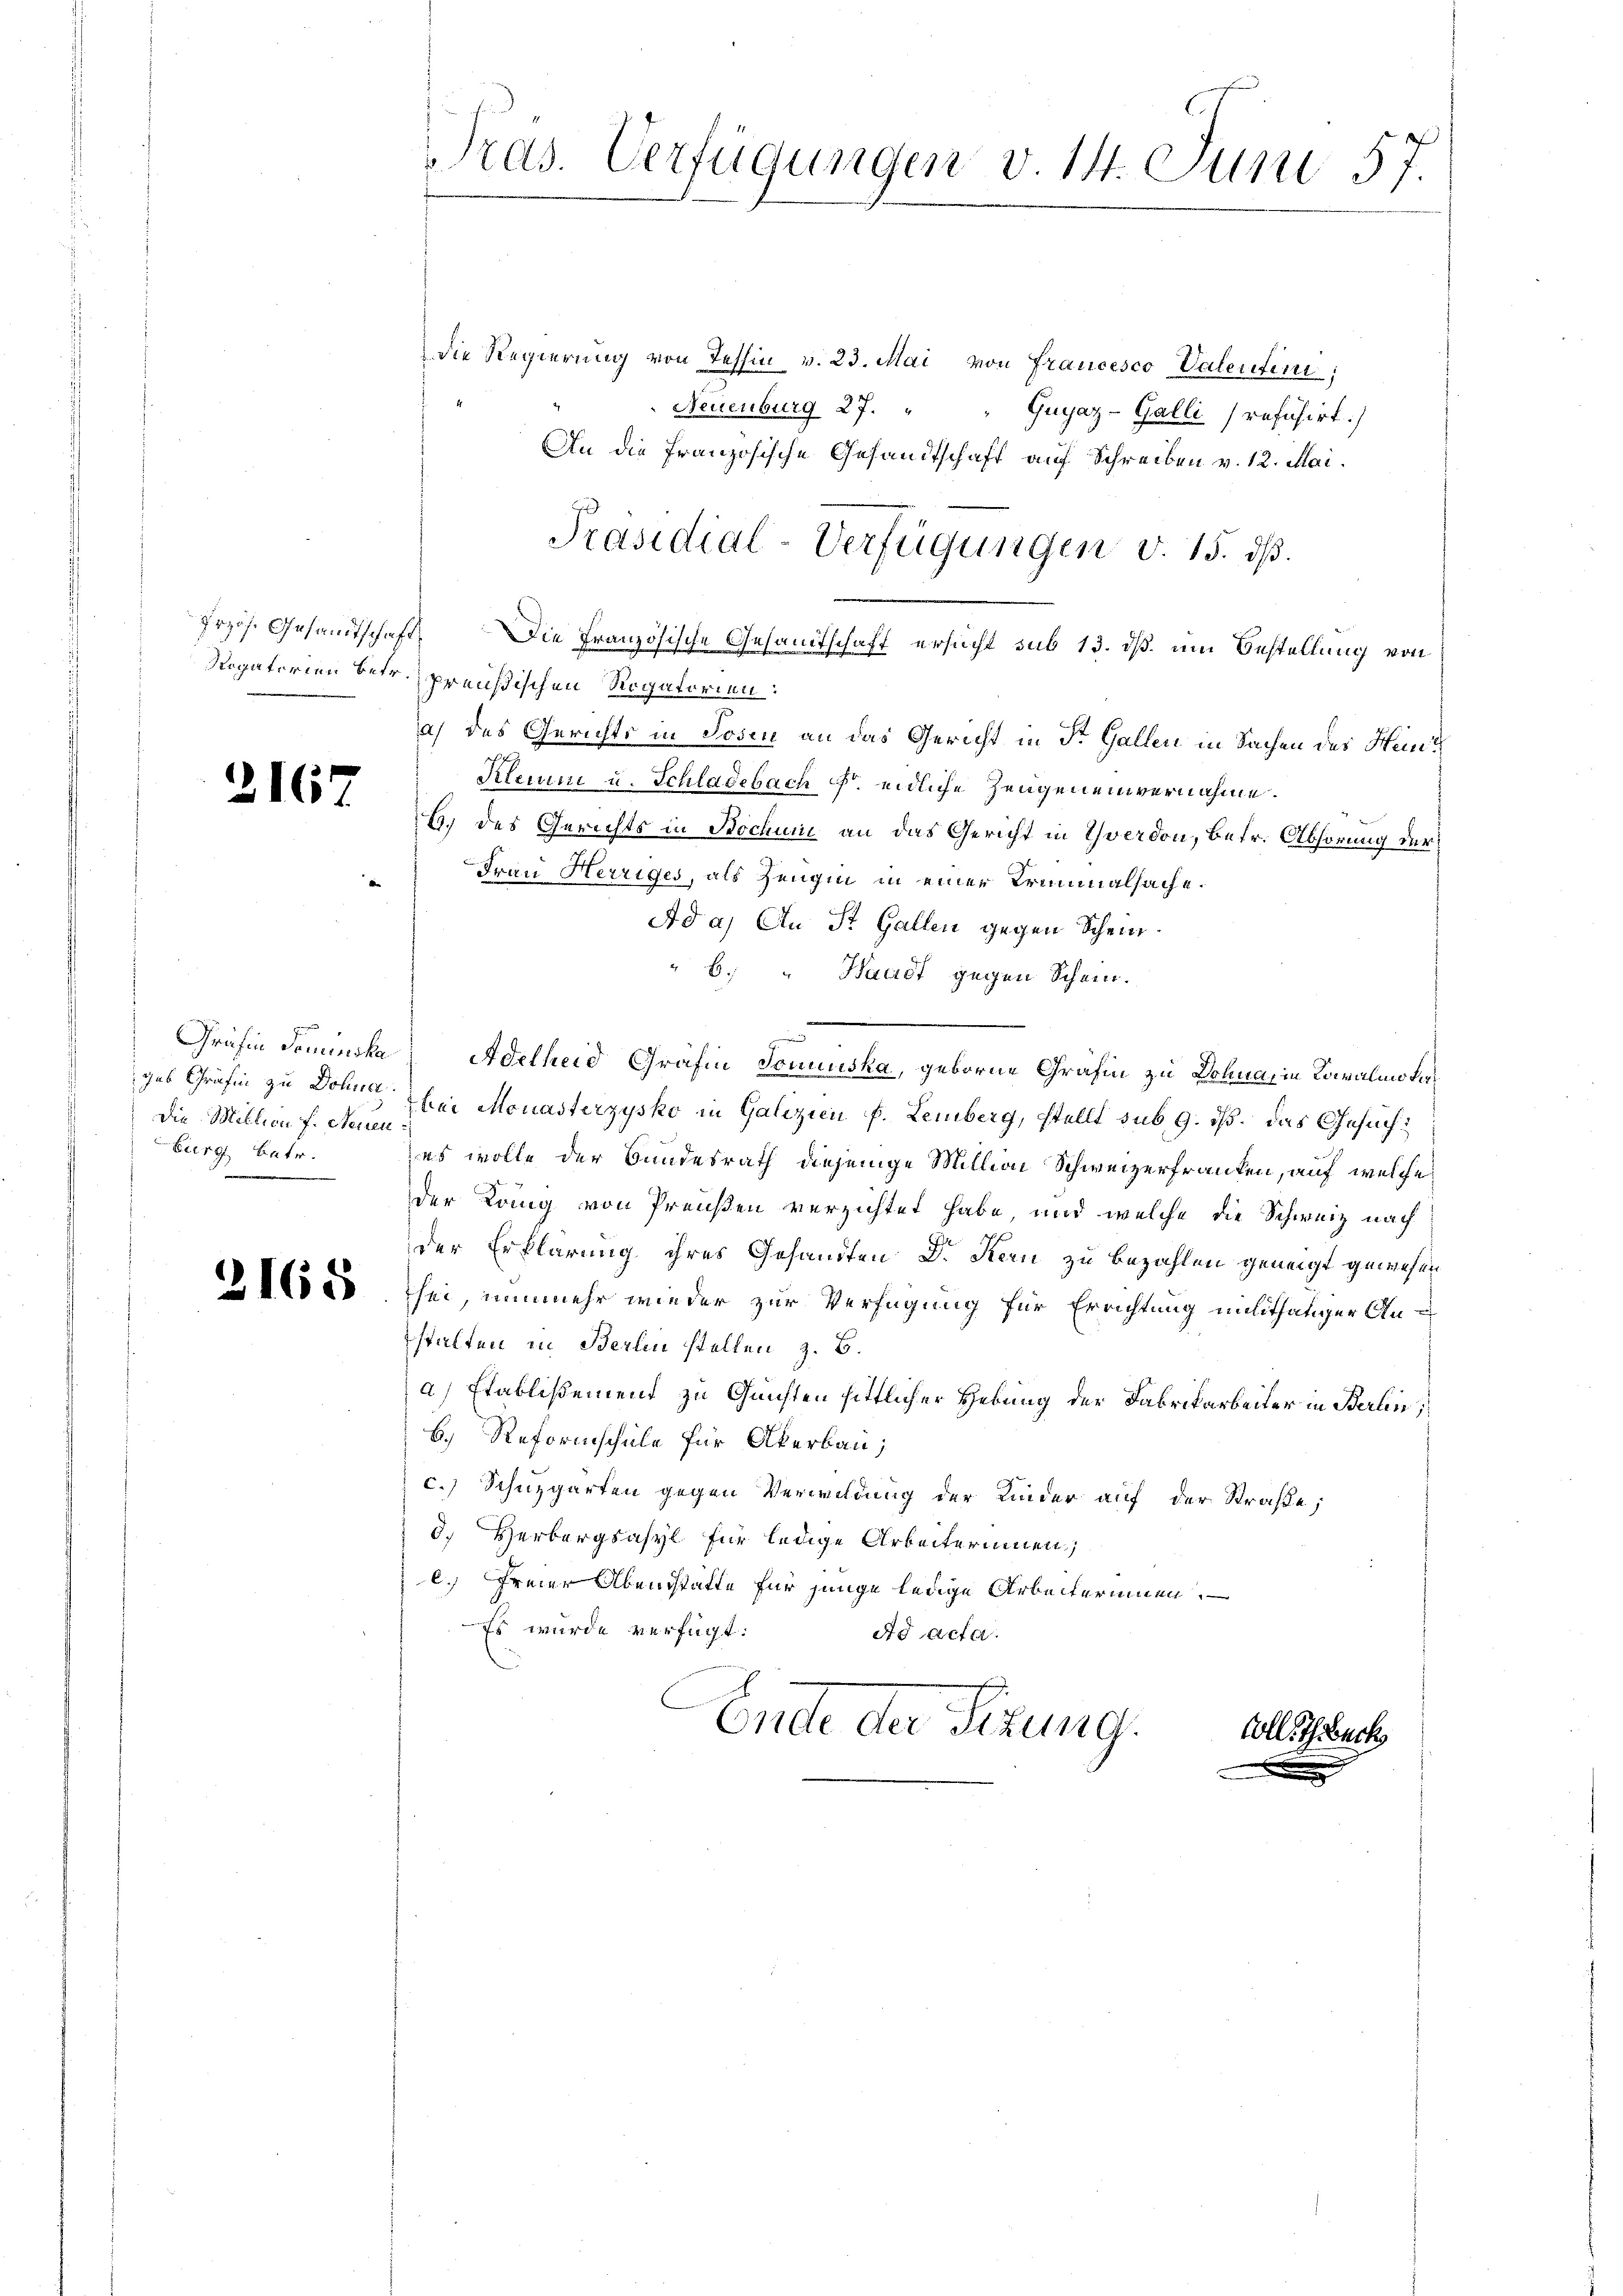
2167

Die Million f. Neuen
burg betr.
.

Pras. Verfügungen v. 14. Juni 57.

Die Regierung von Tessin v. 23. Mai von Francesco Valenfini
Neuenburg 27. " " Guyaz-Galli refusirt.)
An die französische Gesandtschaft auf Schreiben v. 12. Mai.
Przös. Gesandtschaft. Die Französische Gesamtschaft ersucht sub 13. dß. um Bestellung von
Rogatorien betr. preußischen Rogatorien:
a) des Gerichts in Josen an das Gericht in Dr. Gallen in Sachen des Heinr
Klein u. Schlagebach Fr. eidliche Zeugen einvernahme.
b. des Gerichts in Bochuni an das Gericht in Yverdon, betr. Abhörung der
Frau Herziges, als Zeugen in einer Trinialsache.
Ad a) An St. Gallen gegen Scheinb. " Waadt gegen Schein.
r
Gräfin Seminska, Adelheid Gräfin Jonuuska, geborne Gräfin zu Dohna, in Kowalino verges Gräfin zu Dolen bei Monasterzysko in Galizien f. Lemberg, stellt sub 9. ds. das Gesuches wolle der Bundesrath diejenige Million Schweizerfranken, auf welche
der Köng von Preußen verzichtet habe, und welche die Schweiz nach
der Erklärung ihres Gesandten Dr. Kern zu bezahlen geneigt gewesen
 e sei, nunmehr wieder zur Verfügung für Errichtung milithätiger Anstalten in Berlin stellen z. B.
a) Etablißement zu Guichten sittlicher Hebung der Fabrikarbeiter in Berlin,
b.) Reformschule für Akerbau;
c. Schuzgarten gegen Verwildung der Kinder auf der Straße;
3.) Herbergsasyl für ledige Arbeiterinnen,
c. Freier Abendstätte für junge ledige Arbeiterinnen.
Es wurde verfügt:
ad acta.
Ende der Sitzung.
Colle Theurk

Präsidial-Verfügungen v. 15. ds.